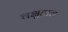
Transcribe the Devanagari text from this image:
चक्षुताल